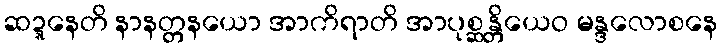
ဆဍ္ဍနေတိ နာနတ္တနယော အာကိရာတိ အာပုစ္ဆန္တိယေဝ မန္ဒလောစနေ